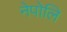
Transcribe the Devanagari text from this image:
नेपोलि